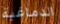
الدماغية